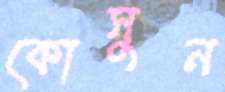
কোসুন